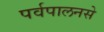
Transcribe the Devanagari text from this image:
पर्वपालनसे